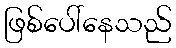
ဖြစ်ပေါ်နေသည်